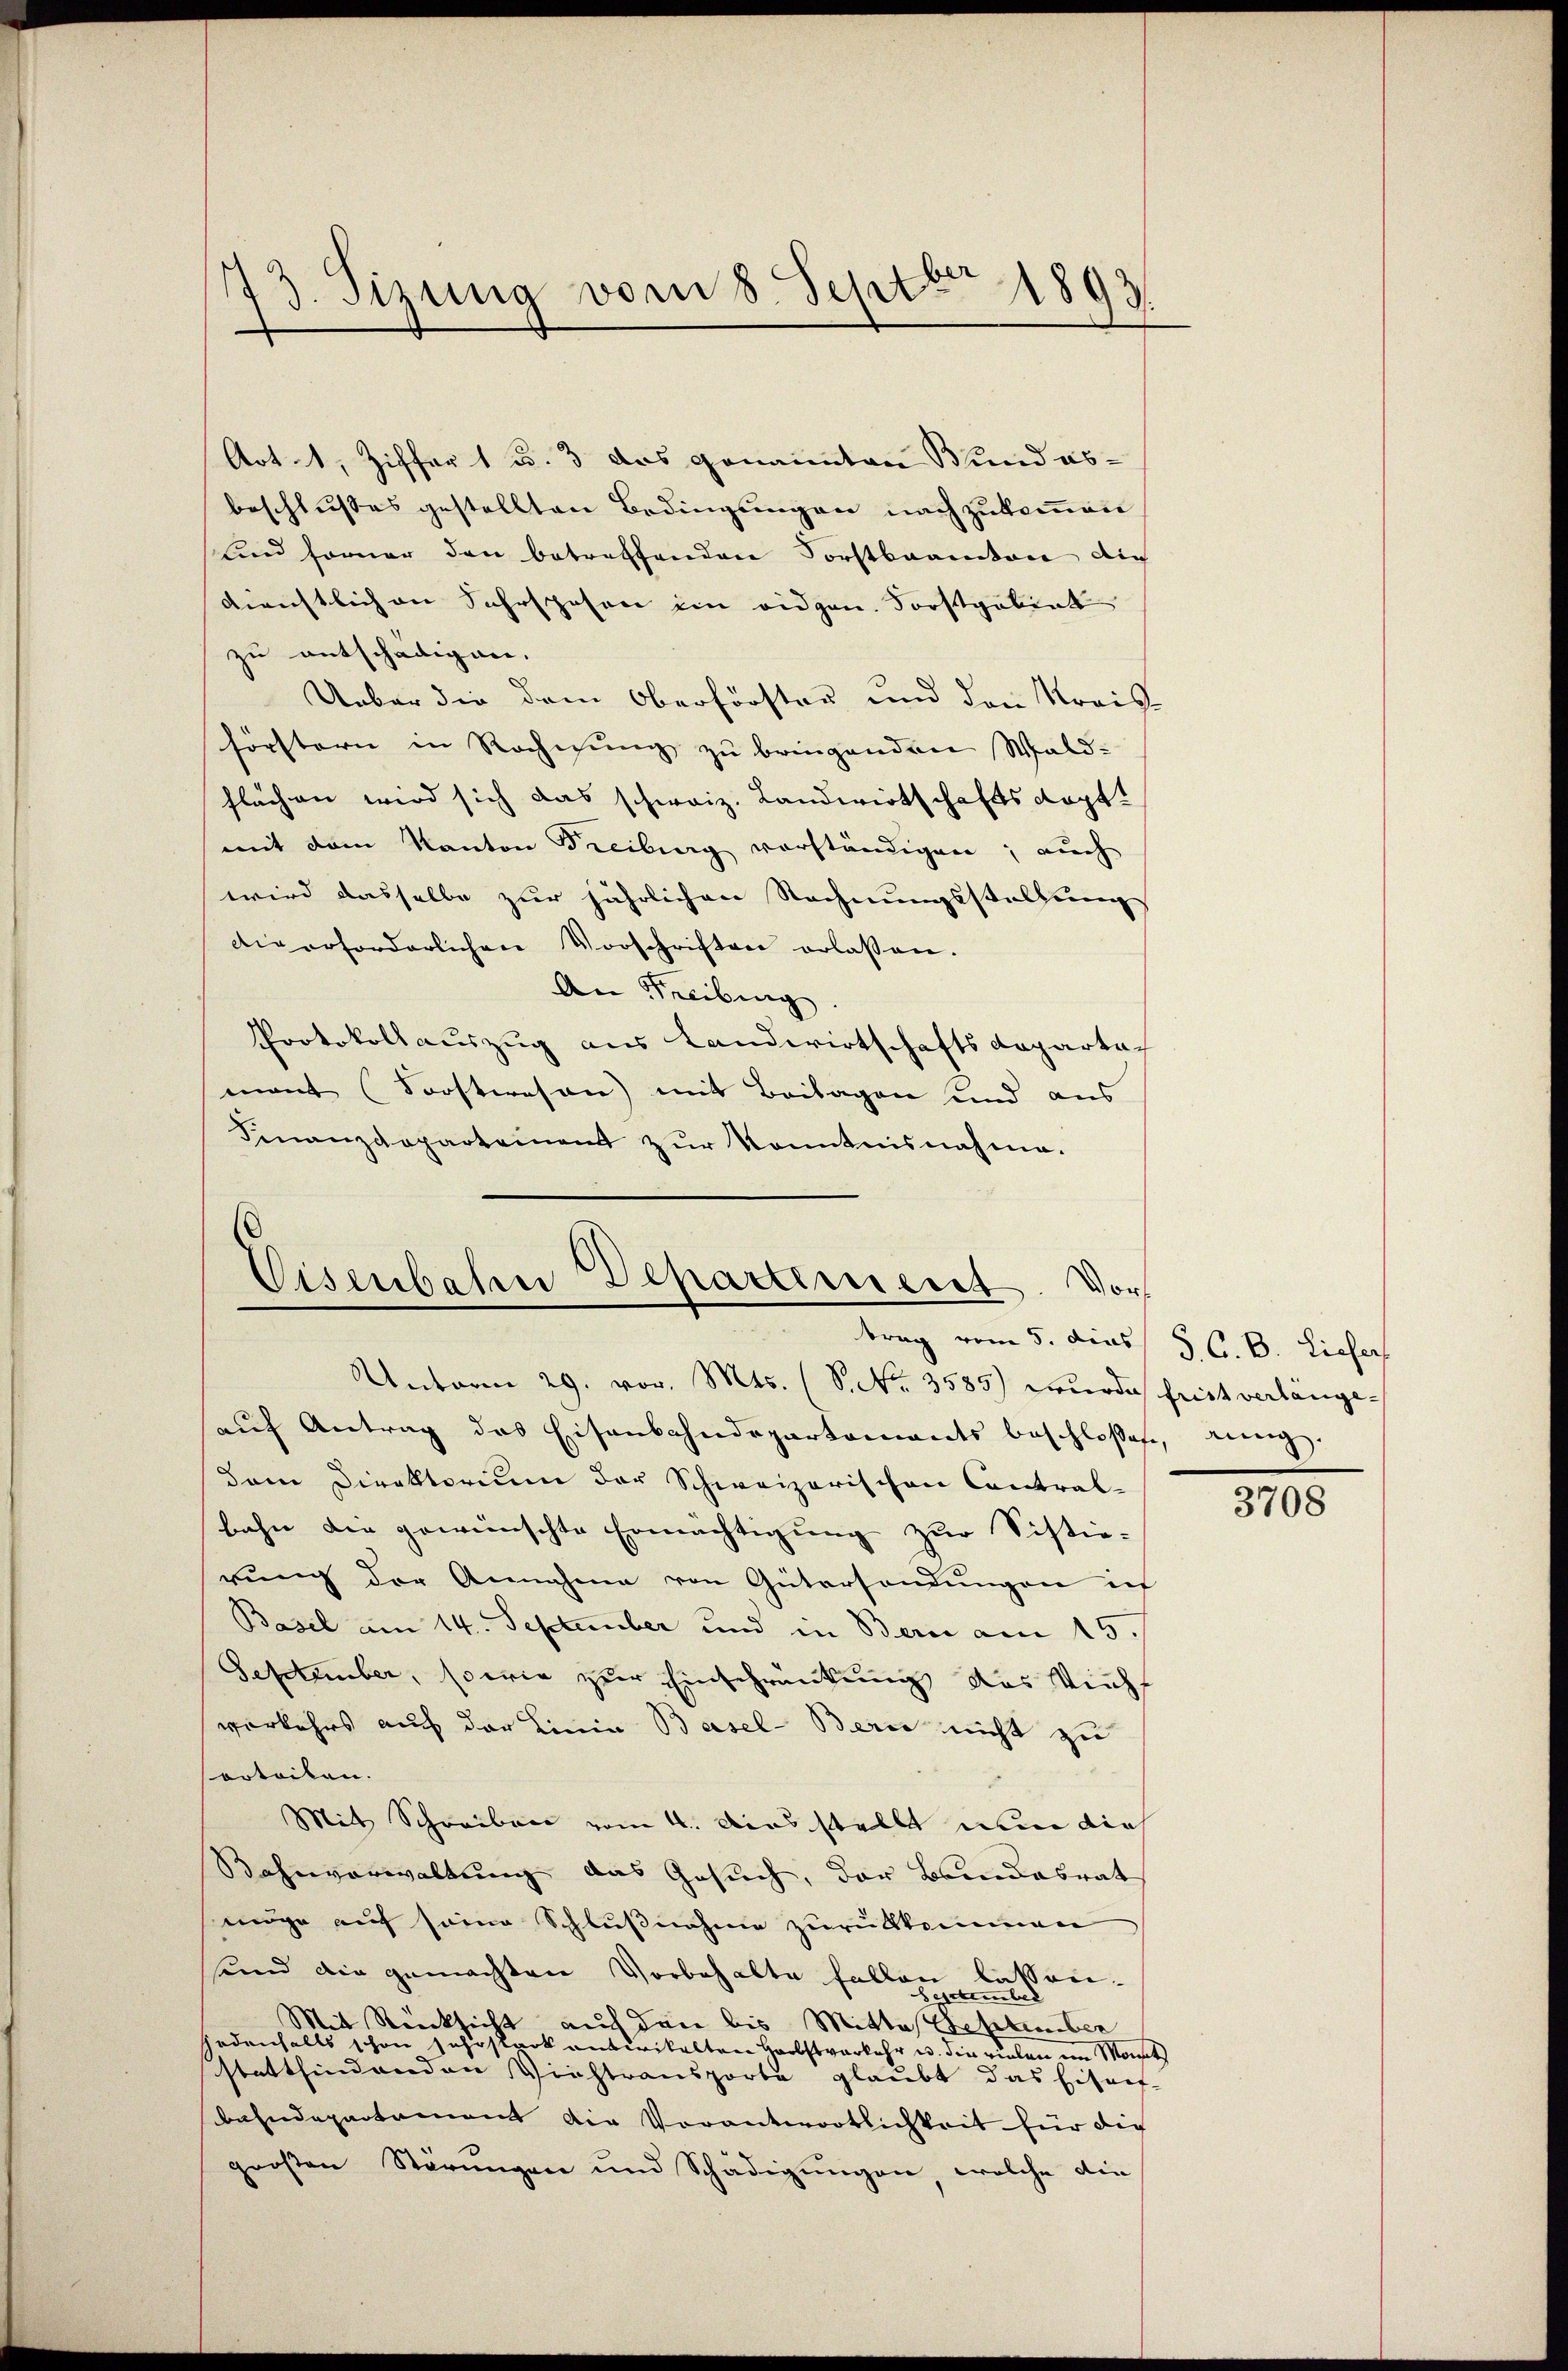
73. Sizung vom 8. Septbr 1893

Art. 1, Ziffer 1 u. 3 das genannten Bund abbeschlußes gestellten Bedingungen nachzukommen
und forner den betreffenden Forstbeamten die
Dienstlich an Fahrspesen ein eidgen. Forstgebiet
zu entschädigen.
Ueber die dem Oberförster und den Kreis
förstern in Rechnung zu bringenden Wald-
flächen wird sich das schweiz. Landwirtschaftsdopt
mit dem Kanton Freiburg vorständigen; auch
wird dasselbe zur jährlichen Rechnungsstellung
die erforderlichen Vorschriften erlassen.
An Freibung.
Protokollauszug aus Landwirtschaftsdepartach
mant (Forstwesen) mit Beilagen und aus
Finanzdeparteinent zŭr Kenntnisnahme.

Eisenbahre Departement. Vors
trag vom 5. dies §. C. B. Liefer

Unterm 29. vor. Mts. (S. Nr. 3585) wurde frist verlängeauf Antrag des Eisenbahndepartements beschloßen, eing
dem Direktorium der Schweizerischen Contral-
bahn die gewünschte Ermächtigung zur Sistie-
rung der Annahme von Gütersendungen in
Basel am 14. September und in Bern am 15.
September, sowie zur Einschränkung das Viehs
vorkehrs auf der Linia Basel-Berie nicht zu
sorteilen.
Mit Schreiben vom 4. Das stellt nun dies
Rahnverwaltung das Gesuch, der Bundesrat
möge auf seine Schlußnahme zurükkommen
sund die gemachten Vorbehalte fallen lassen.
September
Mit Rücksicht auf den bis Mittas September
jedenfalls schon Jahrstark antikalten Herbstverkehr u. die vielen im Monat
stattfindenden Viehtransporte glaubt das Eisen-
bahndepartament die Verantwortlichkeit für die
großen Störungen und Schädigungen, welche die

3708